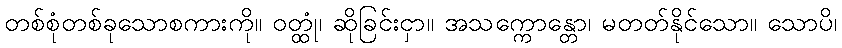
တစ်စုံတစ်ခုသောစကားကို။ ဝတ္ထုံ၊ ဆိုခြင်းငှာ။ အသက္ကောန္တော၊ မတတ်နိုင်သော။ သောပိ၊